system: You are a helpful assistant.
user:
Analyze the provided spectrum to determine if it is a **Carbon Star (C-type)**.

- **Key Visual Indicators of Carbon Star:**
    - **(Primary):** Strong molecular absorption from **C₂ (diatomic carbon) "Swan Bands."** This is the **defining feature** of a carbon star.
        - **(Key Bandheads):** Sharp absorption edges are visible at approximately $5635$ Å, $5165$ Å (the strongest band), and $4737$ Å.
        - **(Line Profile):** Creates a distinct **"saw-tooth"** pattern. The key morphology is a sharp, steep bandhead on the **red (long-wavelength) side**, which then gradually tapers off (i.e., flux recovers) towards the **blue (short-wavelength) side**. *(This is the direct opposite of the TiO bands seen in M-type stars)*.

    - **(Secondary):** Intense **CN (cyanogen)** molecular absorption bands.
        - **(Key Bandheads):** Located in the blue and violet regions of the spectrum (e.g., near $4215$ Å and $3883$ Å).
        - **(Morphology):** These bands are extremely broad and act as a "blanket," absorbing the vast majority of blue and violet light. This creates a characteristic **"cliff"** or **"steep drop-off"** in the spectrum's flux at short wavelengths.

    - **(Key Confirmation):** Strong **CH absorption band (G-band)**.
        - **(Key Bandhead):** Located around $4300$ Å. The contribution from CH molecules to this band is exceptionally strong.

    - **(Overall Spectrum):**
        - The continuum is severely "chopped up" by these deep molecular bands, especially C₂, rather than appearing as a smooth curve.
        - Due to the heavy CN and C₂ absorption in the blue-green, the vast majority of the star's flux is concentrated in the red part of the spectrum, giving the star its characteristic deep red color.

Think first, call **spectral_visualization_tool** if needed to examine features in detail, then provide your final answer. Your response must adhere to the following strict rules:
1.  **Overall Structure:** Your response must follow the format `<think>...</think> <tool_call>...</tool_call> (if a tool is used) <answer>...</answer>`.
2.  **Tool Usage Constraint:** You may only make **one** tool call per turn.
3.  **Final Answer Format:** In the `<answer>` tag, your conclusion must be inside a `\boxed{}` command (e.g., `\boxed{YES}`), followed by your justification.

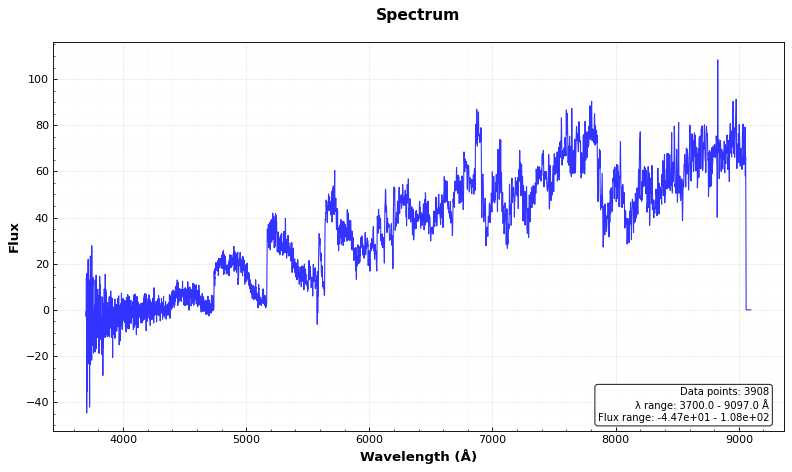
Answer: YES